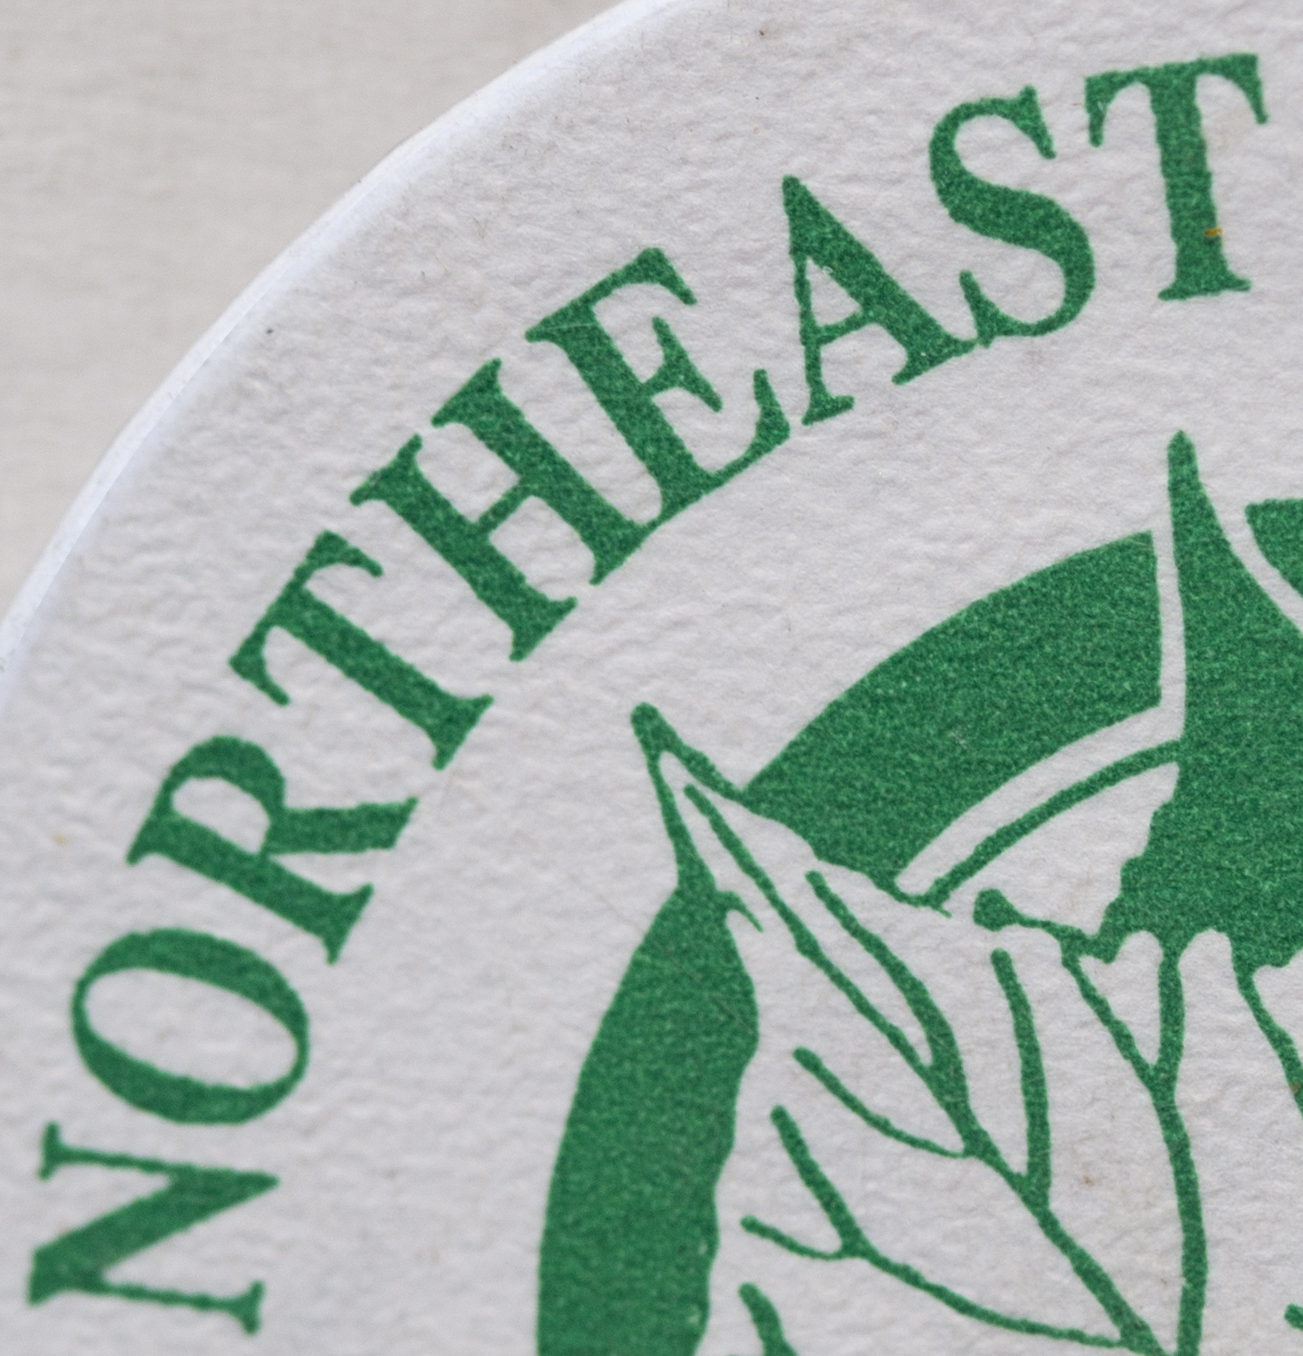
NORTHEAST